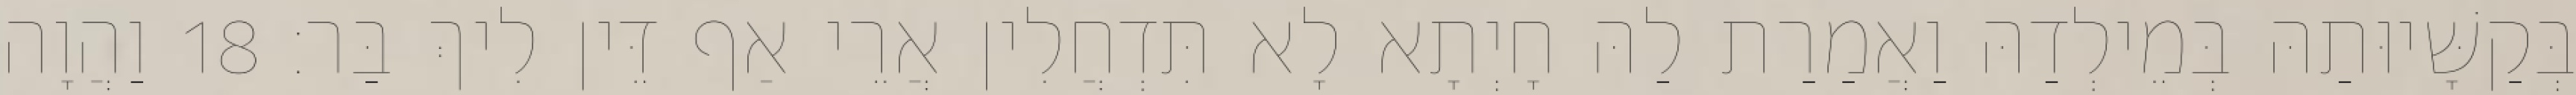
בְּקַשָּׁיוּתַהּ בְּמֵילְדַהּ וַאֲמַרַת לַהּ חָיְתָא לָא תִּדְחֲלִין אֲרֵי אַף דֵּין לִיךְ בַּר׃ 18 וַהֲוָה